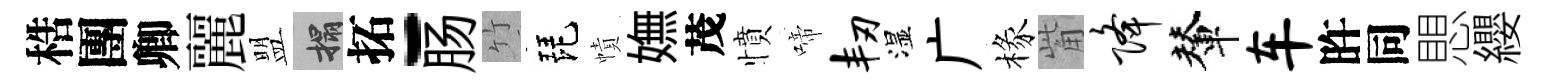
梏團卿麗盟搨拓-肠竹琵幘嫵茂憤啼韧湿广椽觜降輦车旿同愳纓